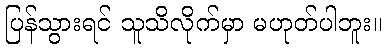
ပြန်သွားရင် သူသိလိုက်မှာ မဟုတ်ပါဘူး။